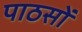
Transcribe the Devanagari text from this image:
पाठसों